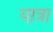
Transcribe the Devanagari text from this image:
या़त्रा